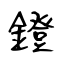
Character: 鐙